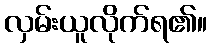
လှမ်းယူလိုက်ရ၏။